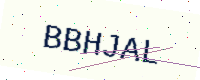
Text: BBHJAL